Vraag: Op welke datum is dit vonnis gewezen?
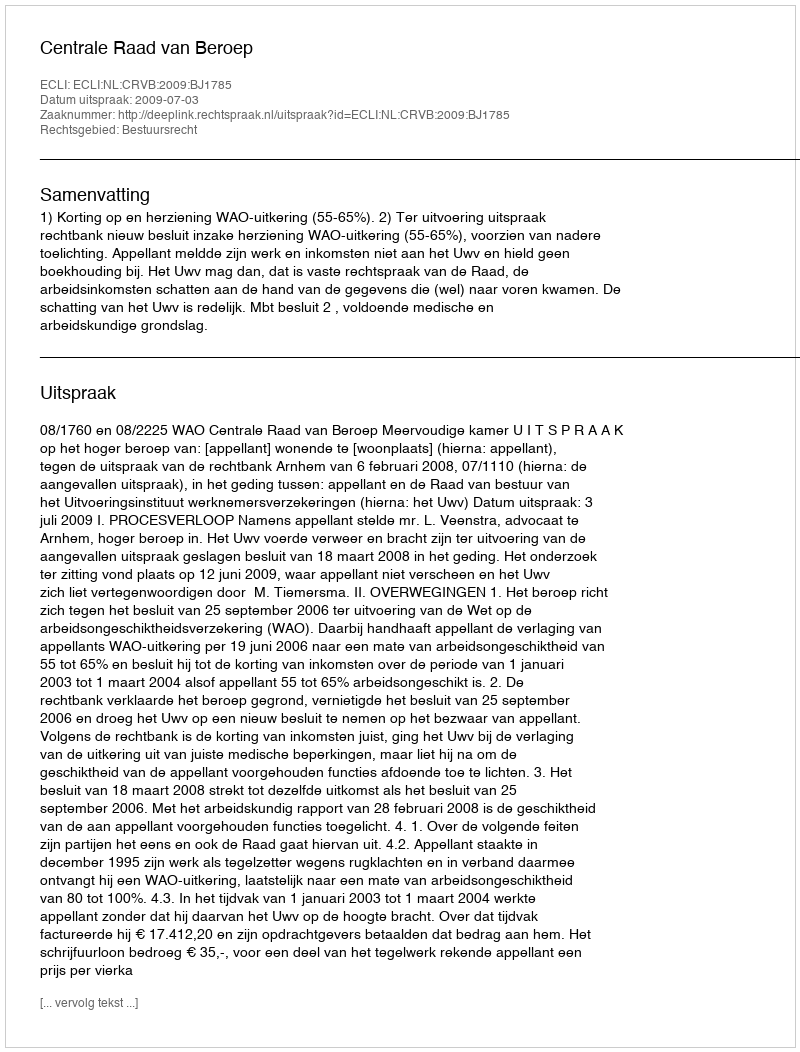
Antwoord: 2009-07-03